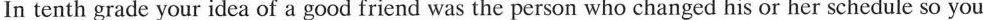
In tenth grade your idea of a good friend was the person who changed his or her schedule so you